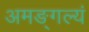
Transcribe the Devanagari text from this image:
अमङ्गल्यं